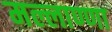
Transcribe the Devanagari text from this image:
मल्लाण्णा